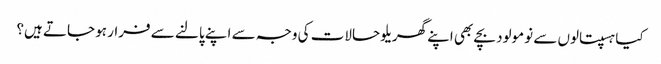
کیا ہسپتالوں سے نومولود بچے بھی اپنے گھریلو حالات کی وجہ سے اپنے پالنے سے فرار ہو جاتے ہیں؟